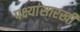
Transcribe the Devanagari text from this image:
पक्ष्यांसारखी